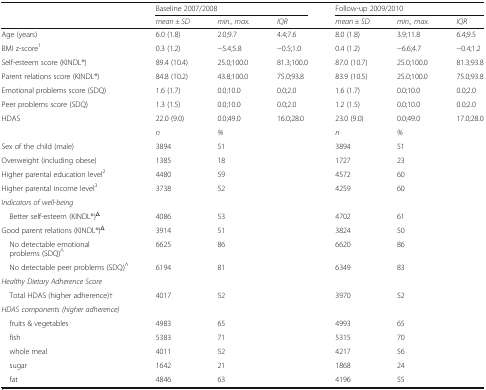
<table><thead><tr><td></td><td colspan="3"><b>Baseline 2007/2008</b></td><td colspan="3"><b>Follow-up 2009/2010</b></td></tr><tr><td></td><td><b><i>mean ± SD</i></b></td><td><b><i>min., max.</i></b></td><td><b><i>IQR</i></b></td><td><b><i>mean ± SD</i></b></td><td><b><i>min., max.</i></b></td><td><b><i>IQR</i></b></td></tr></thead><tbody><tr><td>Age (years)</td><td>6.0 (1.8)</td><td>2.0;9.7</td><td>4.4;7.6</td><td>8.0 (1.8)</td><td>3.9;11.8</td><td>6.4;9.5</td></tr><tr><td>BMI z-score<sup>1</sup></td><td>0.3 (1.2)</td><td>−5.4;5.8</td><td>−0.5;1.0</td><td>0.4 (1.2)</td><td>−6.6;4.7</td><td>−0.4;1.2</td></tr><tr><td>Self-esteem score (KINDL®)</td><td>89.4 (10.4)</td><td>25.0;100.0</td><td>81.3;100.0</td><td>87.0 (10.7)</td><td>25.0;100.0</td><td>81.3;93.8</td></tr><tr><td>Parent relations score (KINDL®)</td><td>84.8 (10.2)</td><td>43.8;100.0</td><td>75.0;93.8</td><td>83.9 (10.5)</td><td>25.0;100.0</td><td>75.0;93.8</td></tr><tr><td>Emotional problems score (SDQ)</td><td>1.6 (1.7)</td><td>0.0;10.0</td><td>0.0;2.0</td><td>1.6 (1.7)</td><td>0.0;10.0</td><td>0.0;2.0</td></tr><tr><td>Peer problems score (SDQ)</td><td>1.3 (1.5)</td><td>0.0;10.0</td><td>0.0;2.0</td><td>1.2 (1.5)</td><td>0.0;10.0</td><td>0.0;2.0</td></tr><tr><td>HDAS</td><td>22.0 (9.0)</td><td>0.0;49.0</td><td>16.0;28.0</td><td>23.0 (9.0)</td><td>0.0;49.0</td><td>17.0;28.0</td></tr><tr><td></td><td><i>n</i></td><td><i>%</i></td><td></td><td><i>n</i></td><td><i>%</i></td><td></td></tr><tr><td>Sex of the child (male)</td><td>3894</td><td>51</td><td></td><td>3894</td><td>51</td><td></td></tr><tr><td>Overweight (including obese)</td><td>1385</td><td>18</td><td></td><td>1727</td><td>23</td><td></td></tr><tr><td>Higher parental education level<sup>2</sup></td><td>4480</td><td>59</td><td></td><td>4572</td><td>60</td><td></td></tr><tr><td>Higher parental income level<sup>3</sup></td><td>3738</td><td>52</td><td></td><td>4259</td><td>60</td><td></td></tr><tr><td colspan="7"><i>Indicators of well-being</i></td></tr><tr><td> Better self-esteem (KINDL®)<sup>Δ</sup></td><td>4086</td><td>53</td><td></td><td>4702</td><td>61</td><td></td></tr><tr><td>Good parent relations (KINDL®)<sup>Δ</sup></td><td>3914</td><td>51</td><td></td><td>3824</td><td>50</td><td></td></tr><tr><td> No detectable emotional problems (SDQ)<sup>Λ</sup></td><td>6625</td><td>86</td><td></td><td>6620</td><td>86</td><td></td></tr><tr><td> No detectable peer problems (SDQ)<sup>Λ</sup></td><td>6194</td><td>81</td><td></td><td>6349</td><td>83</td><td></td></tr><tr><td colspan="7"><i>Healthy Dietary Adherence Score</i></td></tr><tr><td> Total HDAS (higher adherence)†</td><td>4017</td><td>52</td><td></td><td>3970</td><td>52</td><td></td></tr><tr><td colspan="7"><i>HDAS components (higher adherence)</i></td></tr><tr><td> fruits &amp; vegetables</td><td>4983</td><td>65</td><td></td><td>4993</td><td>65</td><td></td></tr><tr><td> fish</td><td>5383</td><td>71</td><td></td><td>5315</td><td>70</td><td></td></tr><tr><td> whole meal</td><td>4011</td><td>52</td><td></td><td>4217</td><td>56</td><td></td></tr><tr><td> sugar</td><td>1642</td><td>21</td><td></td><td>1868</td><td>24</td><td></td></tr><tr><td> fat</td><td>4846</td><td>63</td><td></td><td>4196</td><td>55</td><td></td></tr></tbody></table>